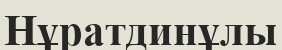
Нұратдинұлы